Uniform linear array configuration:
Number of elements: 12
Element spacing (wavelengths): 0.25
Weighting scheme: hamming
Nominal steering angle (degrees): -30
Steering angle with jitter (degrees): -30.374
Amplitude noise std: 0.05
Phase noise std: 0.05

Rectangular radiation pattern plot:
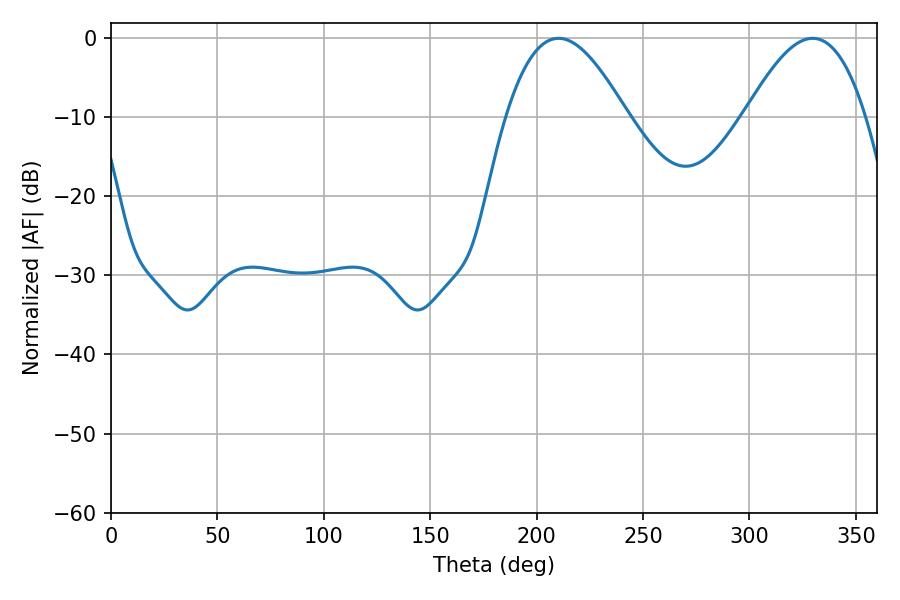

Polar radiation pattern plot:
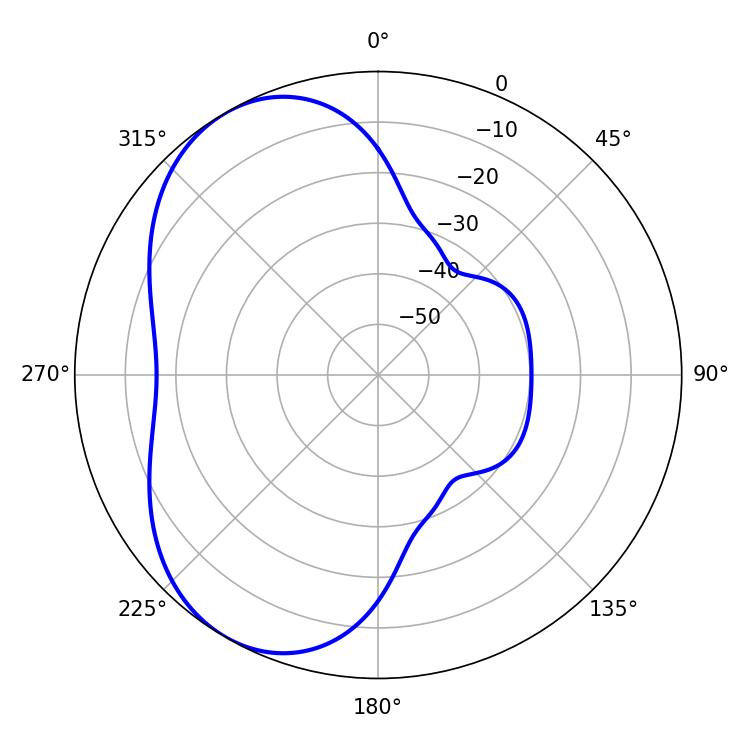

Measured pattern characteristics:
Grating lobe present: FALSE
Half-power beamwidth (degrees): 30.78
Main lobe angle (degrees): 210.24